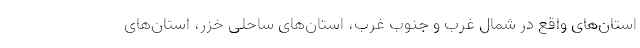
استان‌های واقع در شمال غرب و جنوب غرب، استان‌های ساحلی خزر، استان‌های